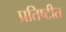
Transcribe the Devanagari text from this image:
प्रतिष्टीत